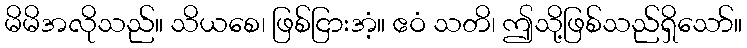
မိမိအလိုသည်။ သိယစေ၊ ဖြစ်ငြားအံ့။ ဧဝံ သတိ၊ ဤသို့ဖြစ်သည်ရှိသော်။